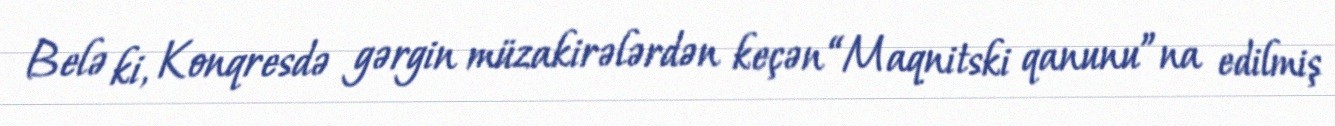
Belə ki, Konqresdə gərgin müzakirələrdən keçən “Maqnitski qanunu”na edilmiş